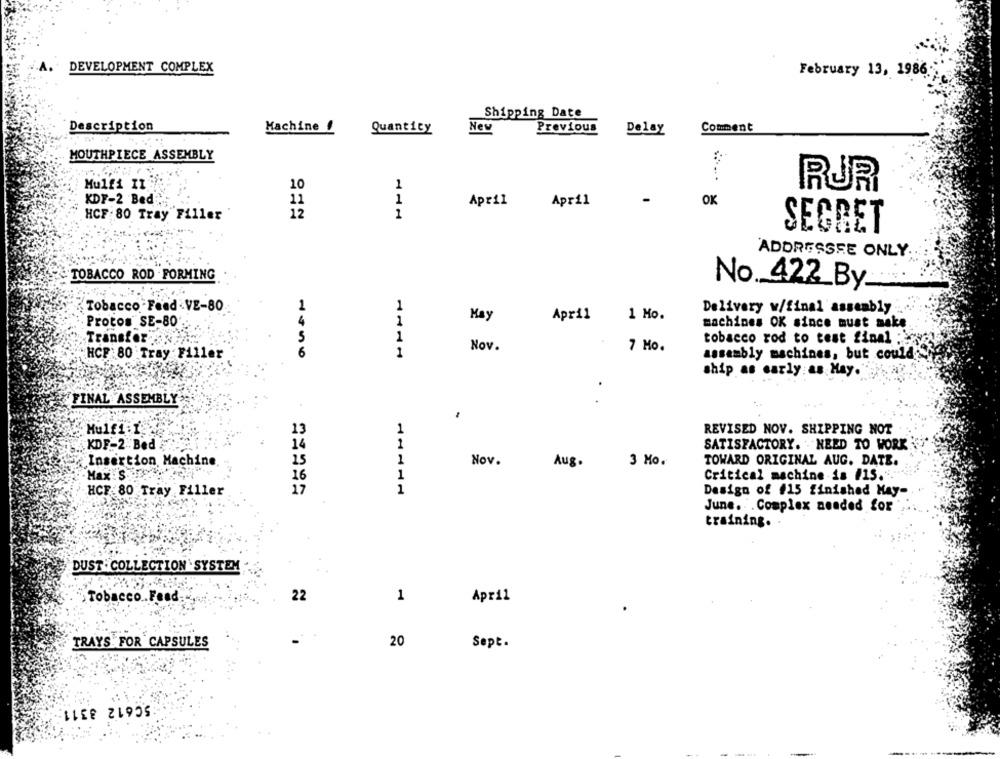
DEVELOPMENT COMPLEX
February 13, 1986
Shipping Date
Description
Machine
New
Previous
Comment
Quantity
Delay
MOUTHPIECE ASSEMBLY
Mulfi II
10
1
RUR
KDF-2 Bed
11
1
April
April
-
OK
HCF: 80 Tray"Filler"
12
1
SEGRET
ADDRESSEE ONLY.
TOBACCO ROD . FORMING
No 422 By
Tobacco Feed VE-80
1
1
Delivery w/final assembly
Kay
April
1 Mo.
Protos SE-80
4
1
machines OK since must make
Transfer"
5
1
tobacco rod to test final :\
Nov.
7 Mo.
HCF 80 Tray Filler
6
1
assembly machines, but could
ship as early as Hay.
FINAL ASSEMBLY
.
-
Mulf1:1
13
2
REVISED NOV. SHIPPING NOT
KDF-2 Bed
14
1
SATISFACTORY. . NEED TO WORK
Insertion Machine
15
1
Nov.
Aug.
3 Mo.
TOWARD ORIGINAL AUG. DATE.
Max : S.
16
1
Critical machine ia #15 .. " ****
HCF:80 Tray Filler
17
1
Design of #15 finished May-
June. . Complex needed for
training.
DUST . COLLECTION SYSTEM
22
1
April
Tobacco. Feed.
TRAYS FOR CAPSULES
20
Sept.
50612 3311